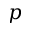
p